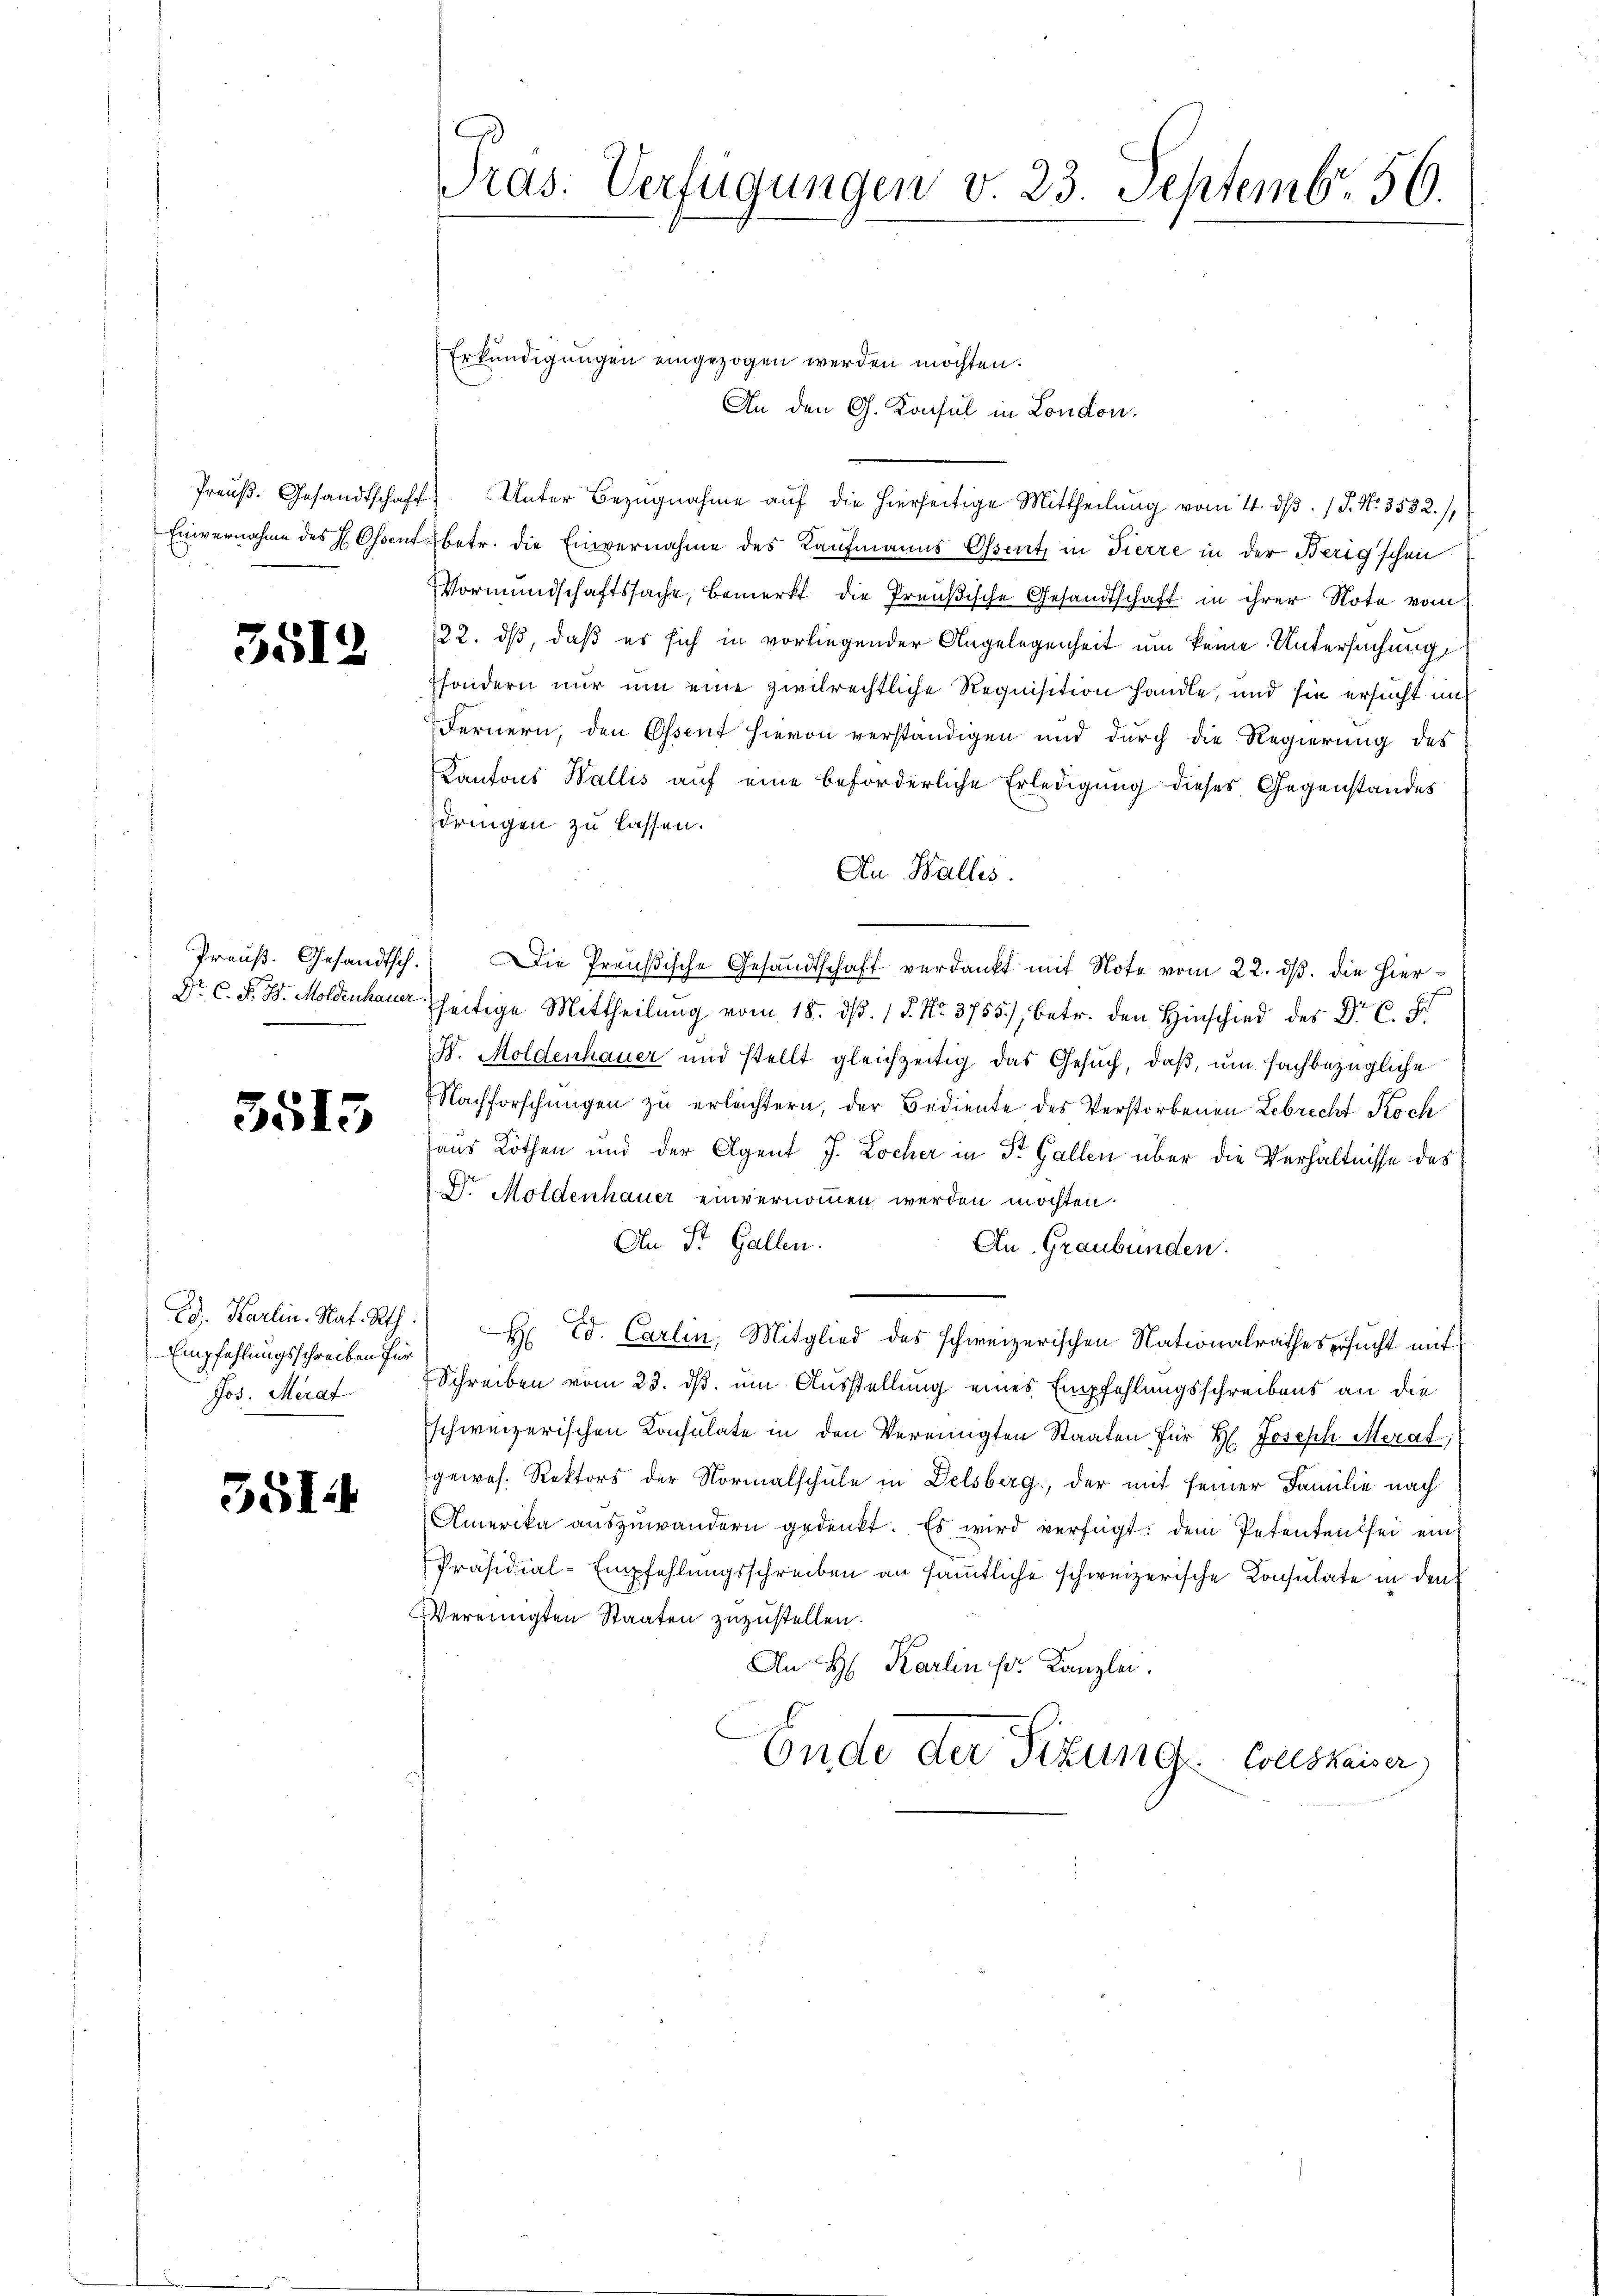
3512

Preuß. Gesandtsch.
Dr. C. F. J. Moldenhauer

3515

Ed. Karlin. Nat. Rth.
Empfehlungsschreiben für
Jos. Merat.

5514

Pras: Verfügungen v. 23. Septemb. 56.

Erkundigungen eingezogen werden möchten.
An den G. Konsul in London.
Preŭβ. Gesandtschaft. Unter Bezŭgnahme aŭf die hierseitige Mittheilŭng vom 4. dβ. / P. Nr. 3532.),
Einvernahme des H. Ossent betr. die Einvernahme des Kaufmanns Ossent, in Tierre in der Berig’schen
Vormundschaftssache, bemerkt die Preußische Gesandtschaft in ihrer Note vom
22. ds, daß es sich in vorliegender Angelegenheit um keine Untersuchung
sondern nur um eine zivilrechtliche Requisition handle, und sie ersucht in
Fernern, den Essent hievon verständigen und durch die Regierung des
Kantons Wallis auf eine beförderliche Erledigung dieses Gegenstandes
dringen zu lassen.
An Wallis.
Die Preußische Gesandtschaft verdankt mit Note vom 22. ds. die hierseitige Mittheilŭng vom 18. dβ. / P. Nr. 3755), betr. den Hinschied der Dr. C. F
H. Moldenhauer und stellt gleichzeitig das Gesuch, daß, um fachbezügliche
Nachforschungen zu erlachtern, der Bediente des Verstorbenen Lebrecht Koch
haus Kothen und der Agent J. Locher in St. Gallen über die Verhältnisse des
Dr Moldenhauer einvernommen werden möchten.
An St. Gallen.
An Graubünden.
H Ed. Carlin, Mitglied des schweizerischen Nationalrathes ersucht mit
Schreiben vom 23. ds. um Ausstellung eines Empfehlungsschreibens an die
schweizerischen Konsulate in den Vereinigten Staaten für H. Joseph Merat,
gewes. Rektors der Normalschule in Delsberg, der mit seiner Familie nach
Amerika auszuwandern gedenkt. Es wird verfügt: dem Petenten sei ein
Präsidial-Empfehlungsschreiben an sämtliche schweizerische Consulate in den
Vereinigten Staaten zuzustellen.
An H. Karlin fr. Kanzlei.
Ende der Fizung Conskaiser,